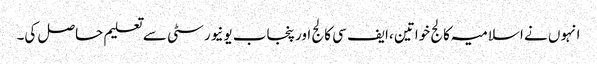
انہوں نے اسلامیہ کالج خواتین ،ایف سی کالج اور پنجاب یونیورسٹی سے تعلیم حاصل کی۔